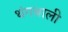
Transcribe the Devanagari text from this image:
थंगबाली